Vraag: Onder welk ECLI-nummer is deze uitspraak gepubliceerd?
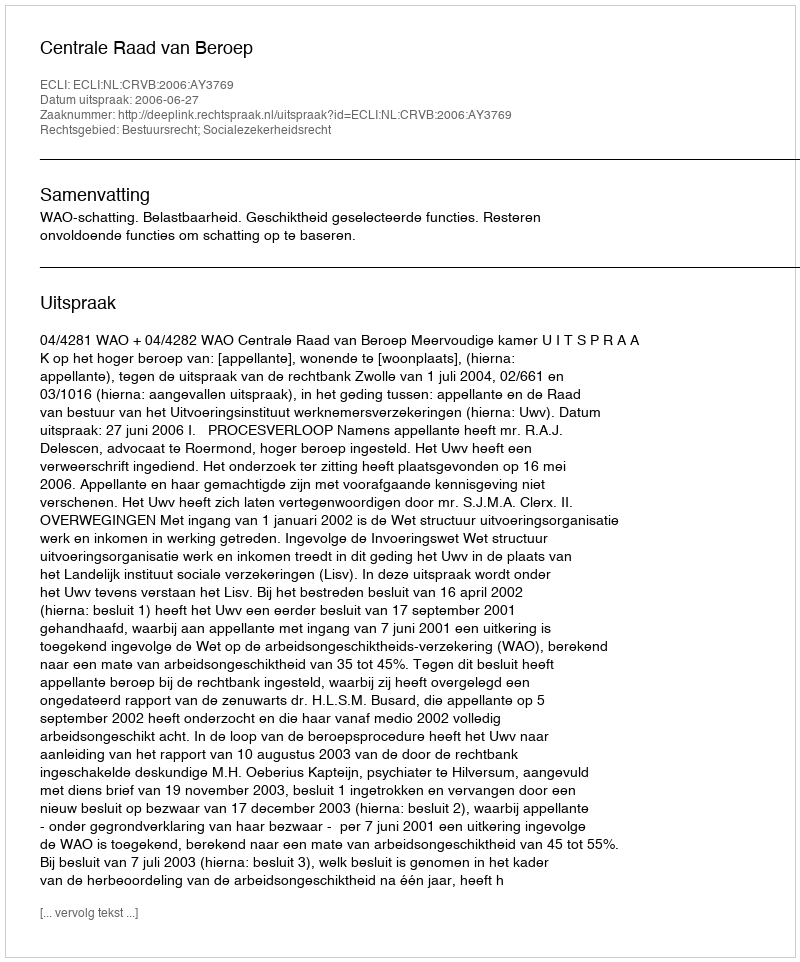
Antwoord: ECLI:NL:CRVB:2006:AY3769